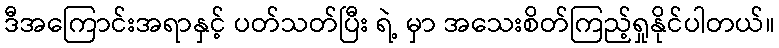
ဒီအကြောင်းအရာနှင့် ပတ်သတ်ပြီး ရဲ့ မှာ အသေးစိတ်ကြည့်ရှုနိုင်ပါတယ်။